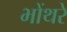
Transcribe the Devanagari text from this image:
भोंथरे